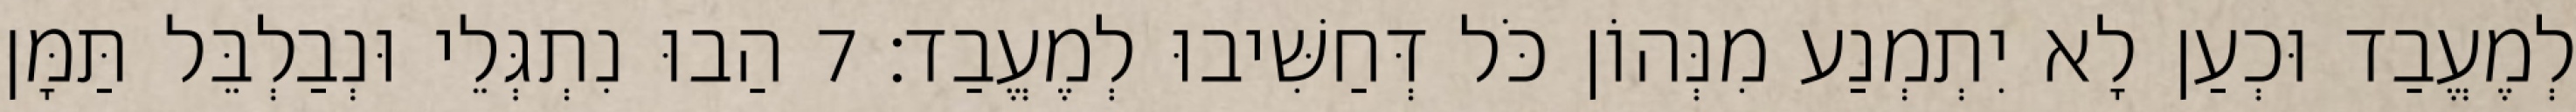
לְמֶעֱבַד וּכְעַן לָא יִתְמְנַע מִנְּהוֹן כֹּל דְּחַשִּׁיבוּ לְמֶעֱבַד׃ 7 הַבוּ נִתְגְּלֵי וּנְבַלְבֵּל תַּמָּן